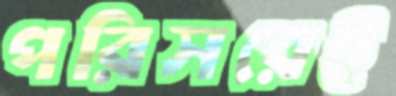
পরিসরেই